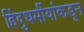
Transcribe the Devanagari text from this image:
हिंदुधर्मीयांकडून